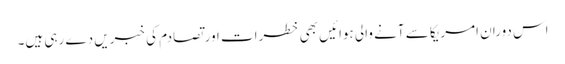
اس دوران امریکا سے آنے والی ہوائیں بھی خطرات اور تصادم کی خبریں دے رہی ہیں۔